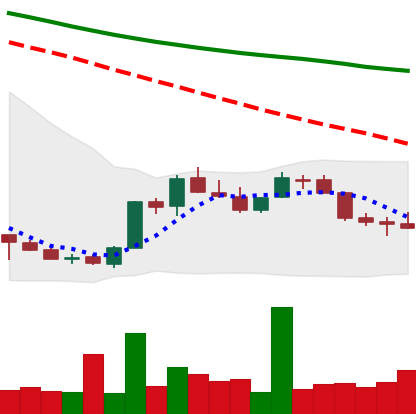
Ticker: LINK-USD
Chart end date: 2018-07-13
Forward return: 19.475%
Label: up_7plus